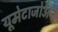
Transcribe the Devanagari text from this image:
यूमेटाजोअन